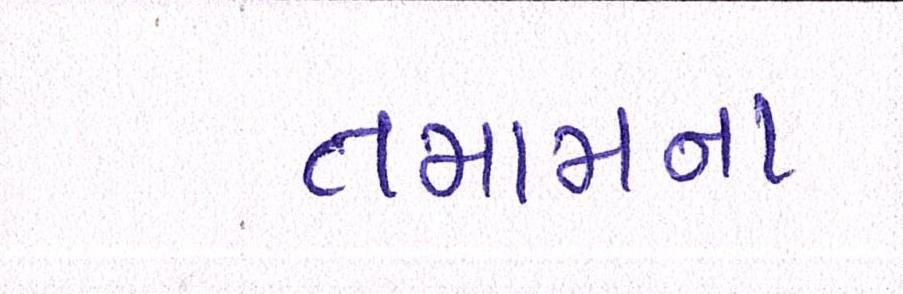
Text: તમામના